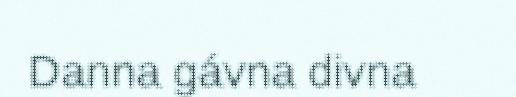
Danna gávna divna